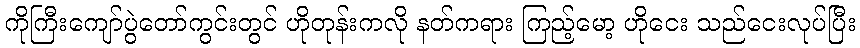
ကိုကြီးကျော်ပွဲတော်ကွင်းတွင် ဟိုတုန်းကလို နတ်ကရား ကြည့်မော့ ဟိုငေး သည်ငေးလုပ်ပြီး